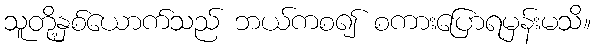
သူတို့နှစ်ယောက်သည် ဘယ်ကစ၍ စကားပြောရမှန်းမသိ။